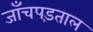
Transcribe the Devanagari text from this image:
जाँचपड़ताल